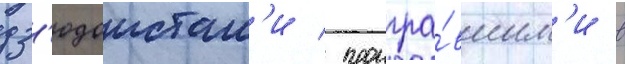
дз'юдоистам'и / проигра́вшим'и в